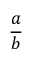
\frac { a } { b }